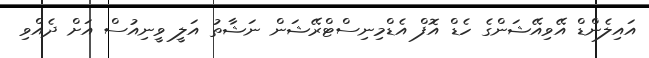
އައިލެންޑް އޭވިއޭޝަންގެ ހެޑް އޮފް އެޑްމިނިސްޓްރޭޝަން ނަޝާތު އަލީ ވީނިއުސް އަށް ދެއްވި